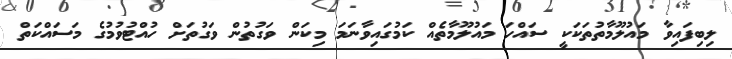
ލިބިފައިވާ މައުލޫމާތުތަކަކީ ސައްހަ މައުލޫމާތެއް ކަމުގައިވާނަމަ މިކަން ވަގުތުން ވަގުތަށް ހުއްޓުވުމުގެ މަސައްކަތް